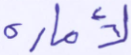
لأمارة